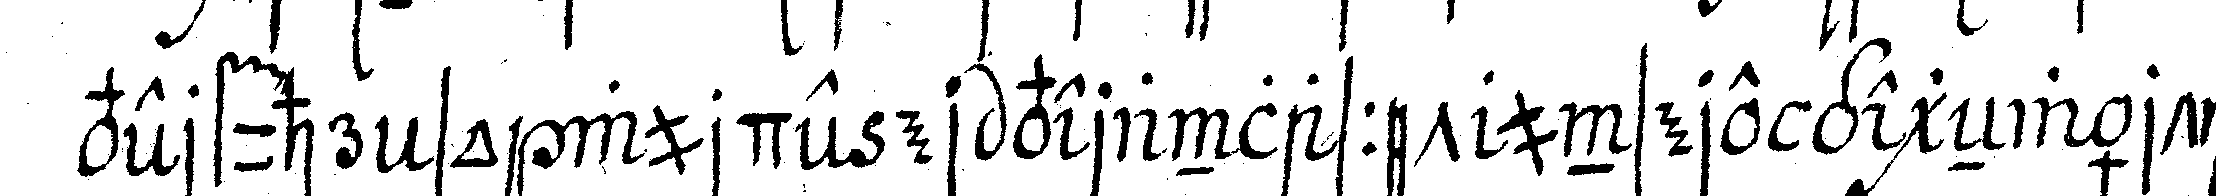
verfuhr so wurde er veranlasset unsere gegeNwärtig